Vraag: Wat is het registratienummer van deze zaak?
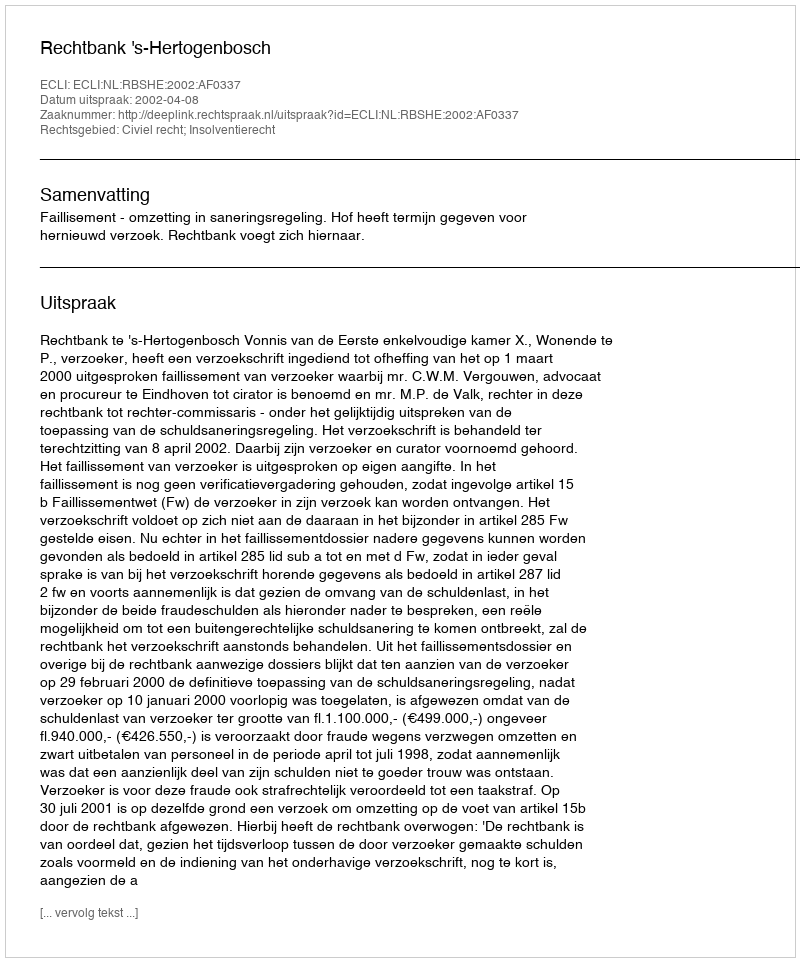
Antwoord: http://deeplink.rechtspraak.nl/uitspraak?id=ECLI:NL:RBSHE:2002:AF0337